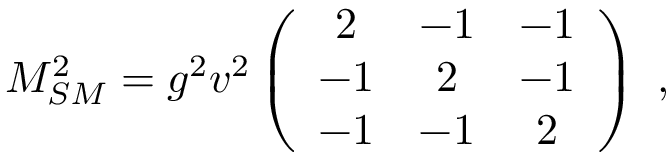
M _ { S M } ^ { 2 } = g ^ { 2 } v ^ { 2 } \left( \begin{array} { c c c } { { 2 } } & { { - 1 } } & { { - 1 } } \\ { { - 1 } } & { { 2 } } & { { - 1 } } \\ { { - 1 } } & { { - 1 } } & { { 2 } } \end{array} \right) ~ , ~ \,